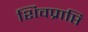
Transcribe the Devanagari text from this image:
शिवप्राप्ति